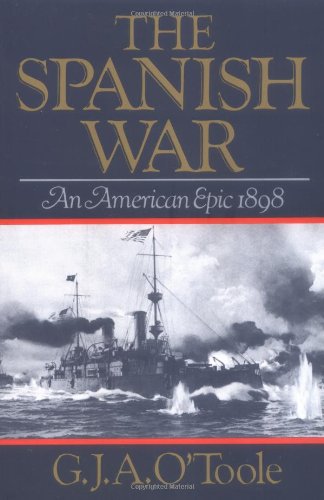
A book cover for The Spanish War: An American Epic 1898; G. J. A. O'Toole; History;